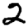
Digit: 2